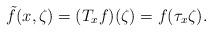
LaTeX: \begin{align*}\tilde{f}(x,\zeta)=(T_xf)(\zeta)=f(\tau_x\zeta).\end{align*}